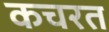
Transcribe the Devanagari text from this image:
कचरत